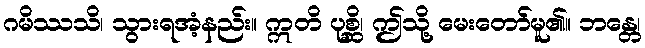
ဂမိဿသိ၊ သွားရအံ့နည်း။ ဣတိ ပုစ္ဆိ၊ ဤသို့ မေးတော်မူ၏။ ဘန္တေ၊